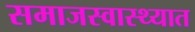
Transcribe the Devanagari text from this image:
समाजस्वास्थ्यात